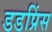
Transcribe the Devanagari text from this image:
डडप्रिंस